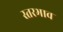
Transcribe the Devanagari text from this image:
स्तरभाव